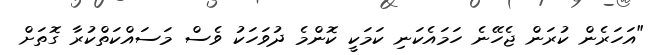
"އަހަރެން ކުރަން ޖެހޭނެ ހަމައެކަނި ކަމަކީ ކޮންމެ ދުވަހަކު ވެސް މަސައްކަތްކުރާ ގޮތަށް